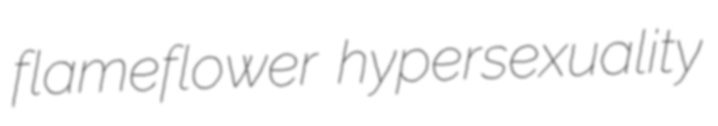
flameflower hypersexuality